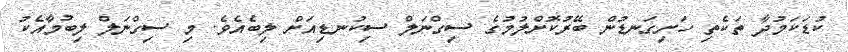
ކުޑަކަމުދާ ތަކެތި ހަށިގަނޑުން ބޭރުކޮށްލުމުގެ ސިގްނަލް ސިކުނޑިއަށް ލިބެއެވެ. މި ސިގްނަލް ލިބުމާއެކު